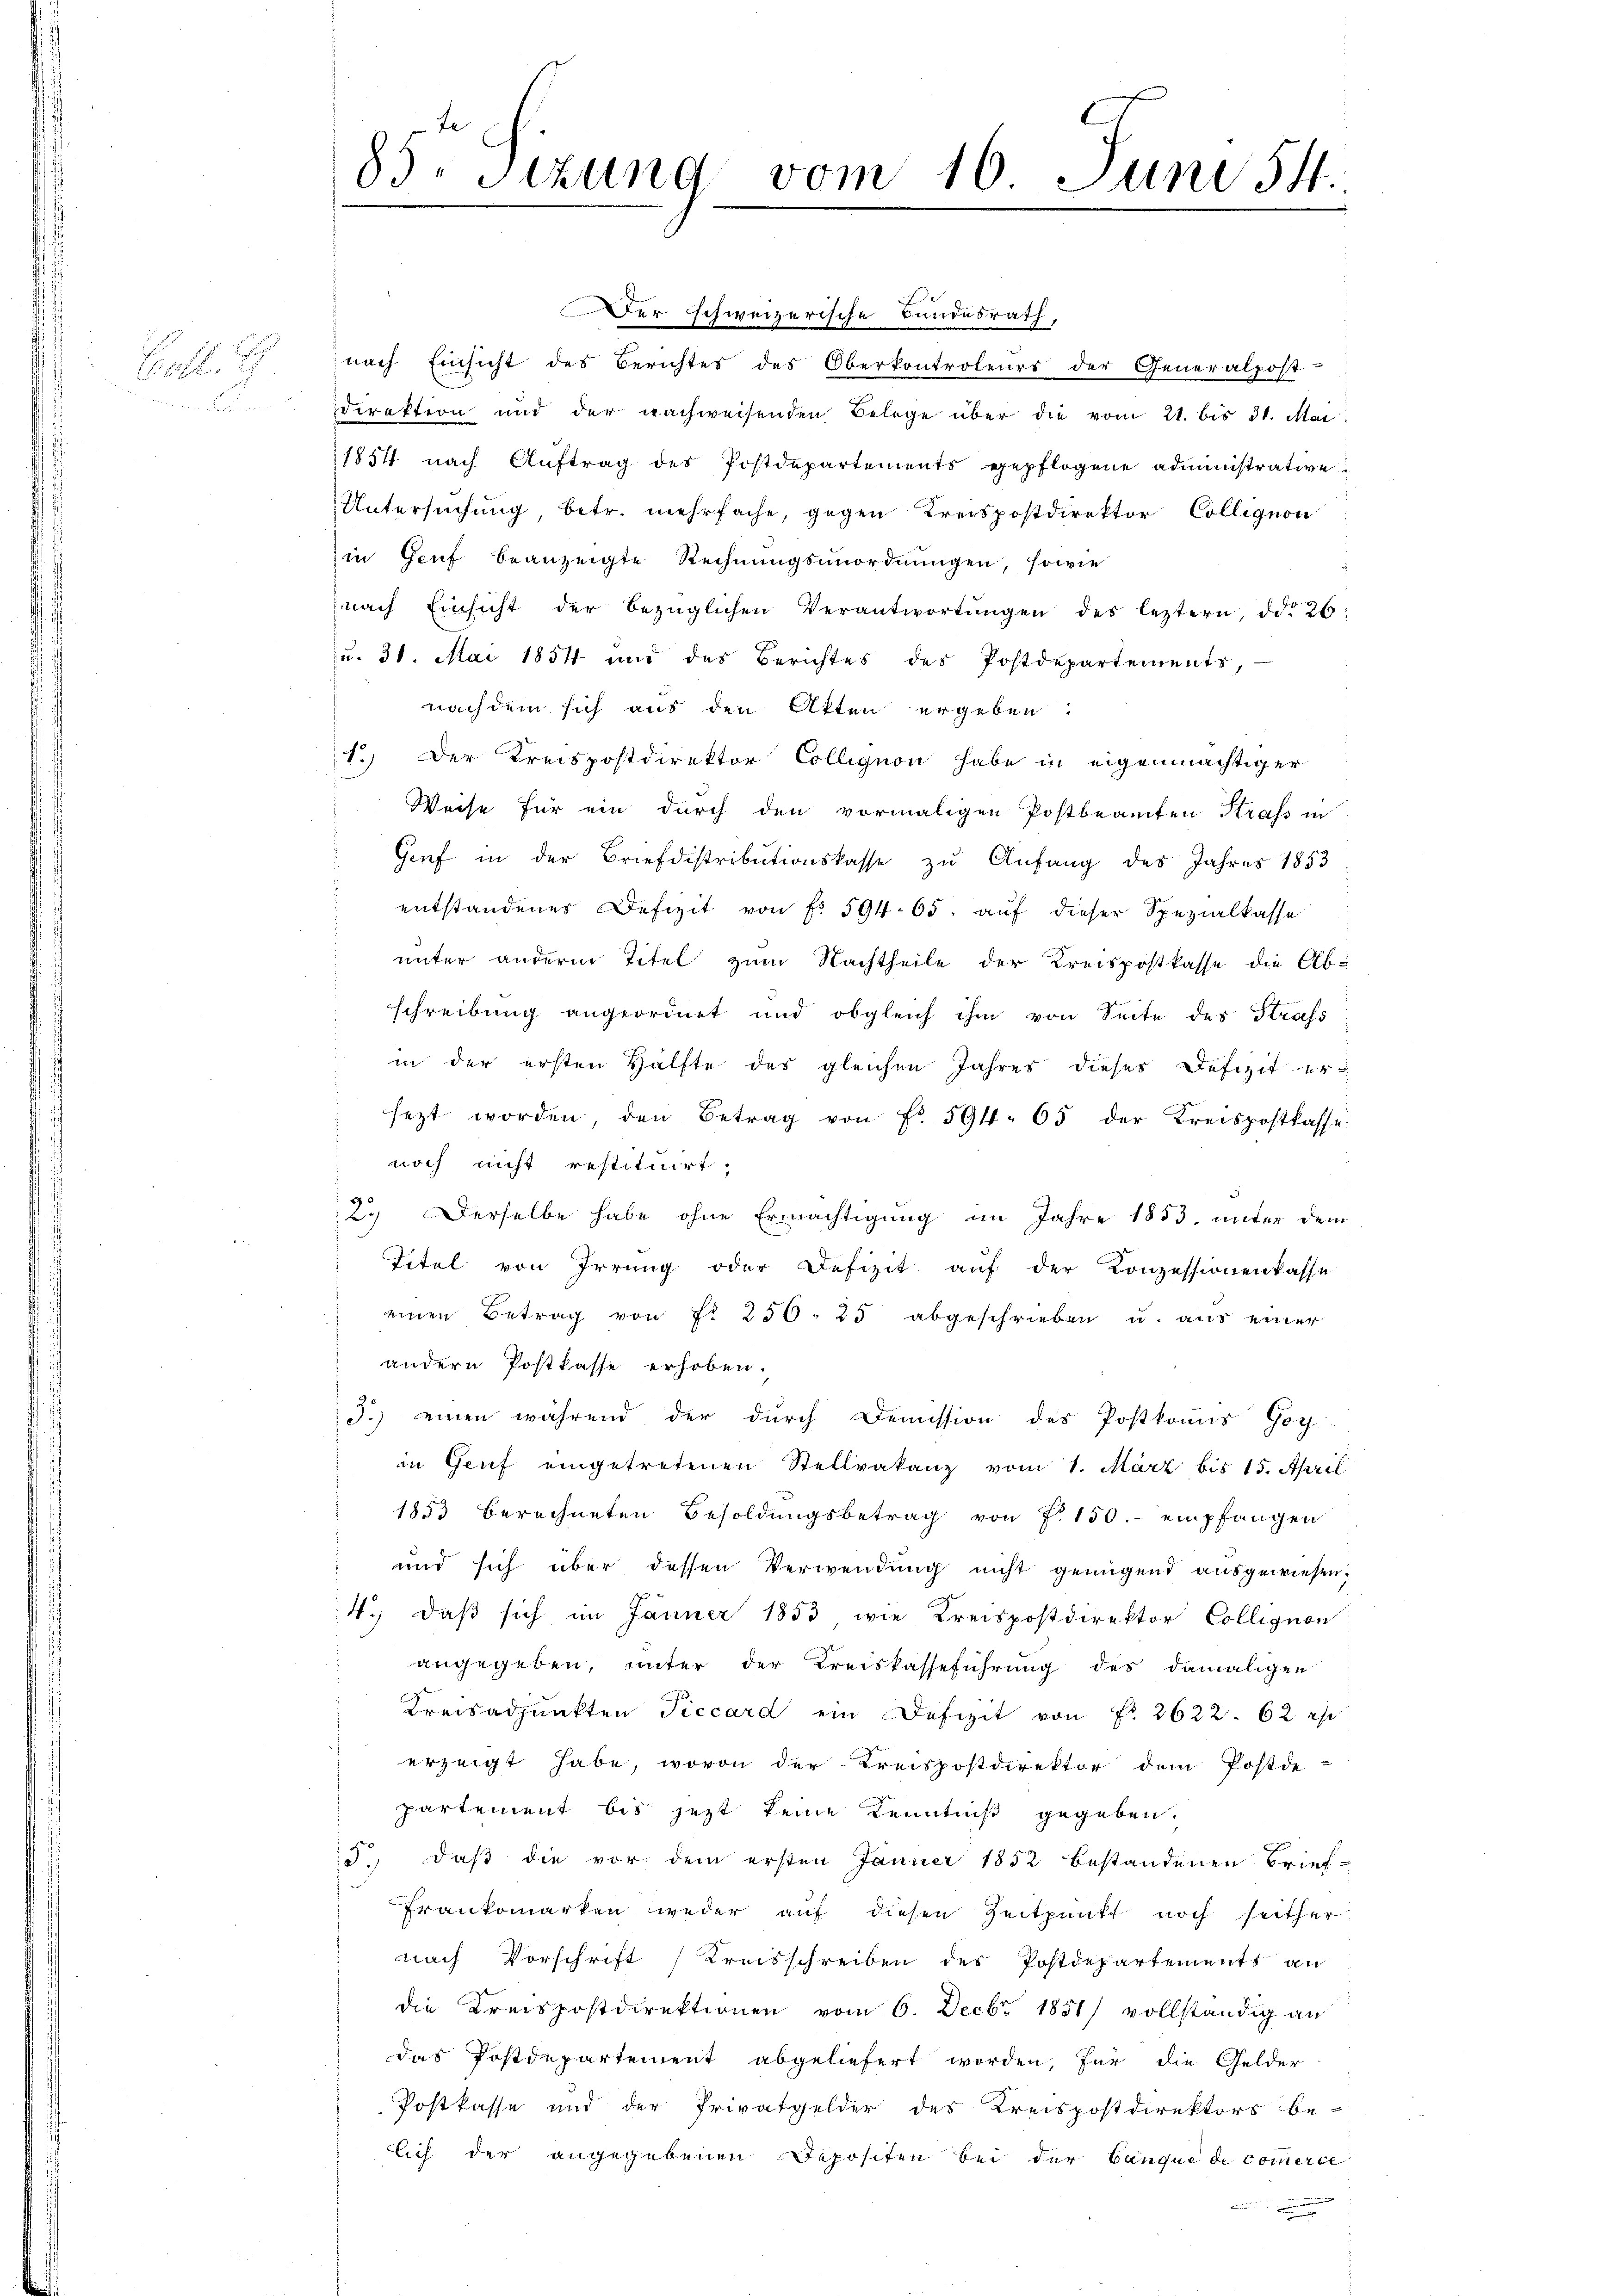
Cafl. 1
 Fr

83. Sitzung vom 16. Juni 54.

Der schweizerische Bundesrath,
nach Einsicht des Berichtes des Oberkontroleurs der Generalpost-
direktion und der nachweisenden Belege über die vom 21. bis 31. Mai
1854 nach Auftrag des Postdepartements gepflogene administrative
Untersuchung, betr. mehrfache, gegen Kreispostdirektor Collegion
in Genf beanzeigte Rechnungsanordnungen, sowie
nach Einsicht der bezüglichen Verantwortŭngen des leztern, od. 26:
u. 31. Mai 1854 und des Berichtes des Postdepartements,
nachdem sich aus den Atten ergeben:
1.) Der Kreispostdirektor Collegion habe in eigenmächtiger
Weise für ein durch den vormaligen Postbeamten Strass in
Genf in der Briefdistributionskasse zu Anfang des Jahres 1853
entstandenes Defizit von f. 594. 65. auf dieser Spezialkasse
unter anderm Titel zum Nachtheile der Kreispostkasse die Abschreibung angeordnet und obgleich ihm von Seite des Strafs
in der ersten Hälfte des gleichen Jahres dieses Defizit ersezt worden, den Betrag von Fr. 594. 65 der Kreispostkasse
 noch nicht restituirt,
2.) Derselbe habe ohne Ermächtigung im Jahre 1853, unter dem
Titel von Irrung oder Defizit auf der Konzessionenkasse
einen Betrag von Fr. 250. 25 abgeschrieben u. aus einer
andern Postkasse erhoben.
d.) einen während der durch Demission des Postkonus Goy.
in Genf eingetretenen Stellvakanz vom 1. März, bis 15. April
1853 berechneten Besoldungsbetrag von 7. 150.- empfangen
und sich über dessen Verwendung nicht genügend ausgewiesen,
4.) daß sich im Jänner 1853 wie Kreispostdirektor Collegion
angegeben, unter der Kreiskasseführung des damaligen
Kreisadpŭnkten Piccard ein Defizit von Fr. 2622. 62 rp
erzeigt habe, wovon der Kreispostdirektor dem Postdepartement bis jetzt keine Kenntniß gegeben.
5.) daß die vor dem ersten Jänner 1852 bestandenen Brief-
Frankomarken weder auf diesen Zeitpunkt noch seither
nach Vorschrift Kreisschreiben des Postdepartements an
die Kreispostdirektionen vom 6. Decbr 1851) vollständig an
das Postdepartement abgeliefert worden, für die Gelder
Postkasse und der Privatgelder des Kreispostdirektors be-
lich der angegebenen Depositen bei der Banque de commerce
p